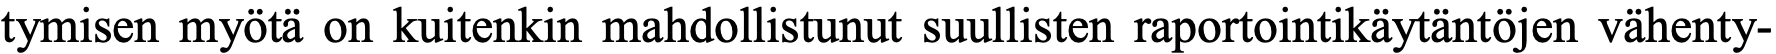
tymisen myötä on kuitenkin mahdollistunut suullisten raportointikäytäntöjen vähenty-